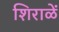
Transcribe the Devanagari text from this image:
शिराळें